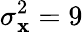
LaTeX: \sigma_{\mathbf{x}}^{2}=9